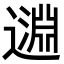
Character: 𨖳